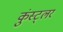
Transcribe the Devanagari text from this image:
कुंस्ट्लर